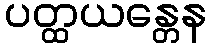
ပတ္ထယန္တေန